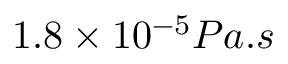
1 . 8 \times 1 0 ^ { - 5 } P a . s